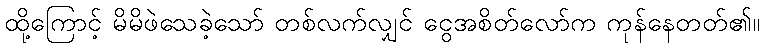
ထို့ကြောင့် မိမိဖဲသေခဲ့သော် တစ်လက်လျှင် ငွေအစိတ်လော်က ကုန်နေတတ်၏။